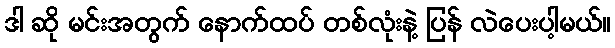
ဒါ ဆို မင်းအတွက် နောက်ထပ် တစ်လုံးနဲ့ ပြန် လဲပေးပါ့မယ်။